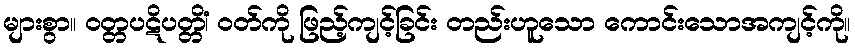
များစွာ။ ဝတ္တပဋိပတ္တိံ၊ ဝတ်ကို ဖြည့်ကျင့်ခြင်း တည်းဟူသော ကောင်းသောအကျင့်ကို။